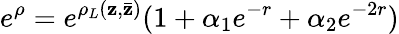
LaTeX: e^{\rho}=e^{\rho_{L}(\mathbf{z},\bar{{\mathbf{z}}})}(1+\alpha_{1}e^{-r}+\alpha_{2}e^{-2r})